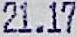
21.17